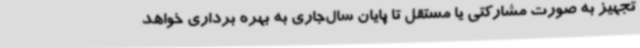
‌تجهیز به صورت مشارکتی یا مستقل تا پایان سال‌جاری به بهره برداری خواهد